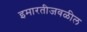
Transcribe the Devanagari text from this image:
इमारतीजवळील